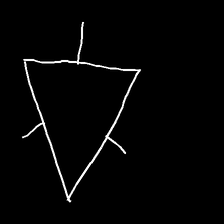
Glyph: fire